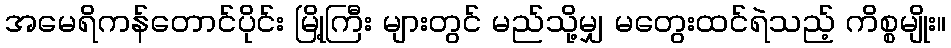
အမေရိကန်တောင်ပိုင်း မြို့ကြီး များတွင် မည်သို့မျှ မတွေးထင်ရဲသည့် ကိစ္စမျိုး။